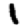
Digit: 1